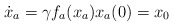
\begin{align*}\dot{x}_a = \gamma f_a(x_a)x_a(0) = x_0\end{align*}